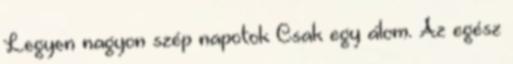
Legyen nagyon szép napotok Csak egy álom. Az egész